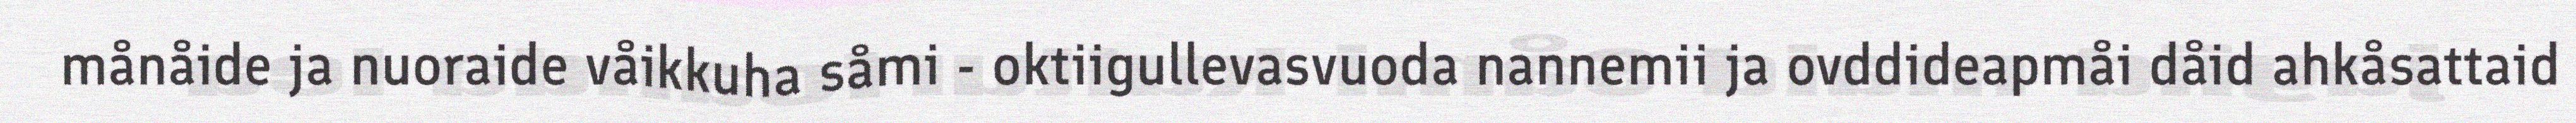
månåide ja nuoraide våikkuha såmi - oktiigullevasvuoda nannemii ja ovddideapmåi dåid ahkåsattaid